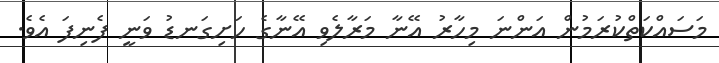
މަސައްކަތްކުރަމުން އަންނަ މިހާރު އޭނާ މަރާލެވި އޭނާގެ ހަށިގަނޑު ވަނީ ފެނިފަ އެވެ.